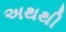
અથથી